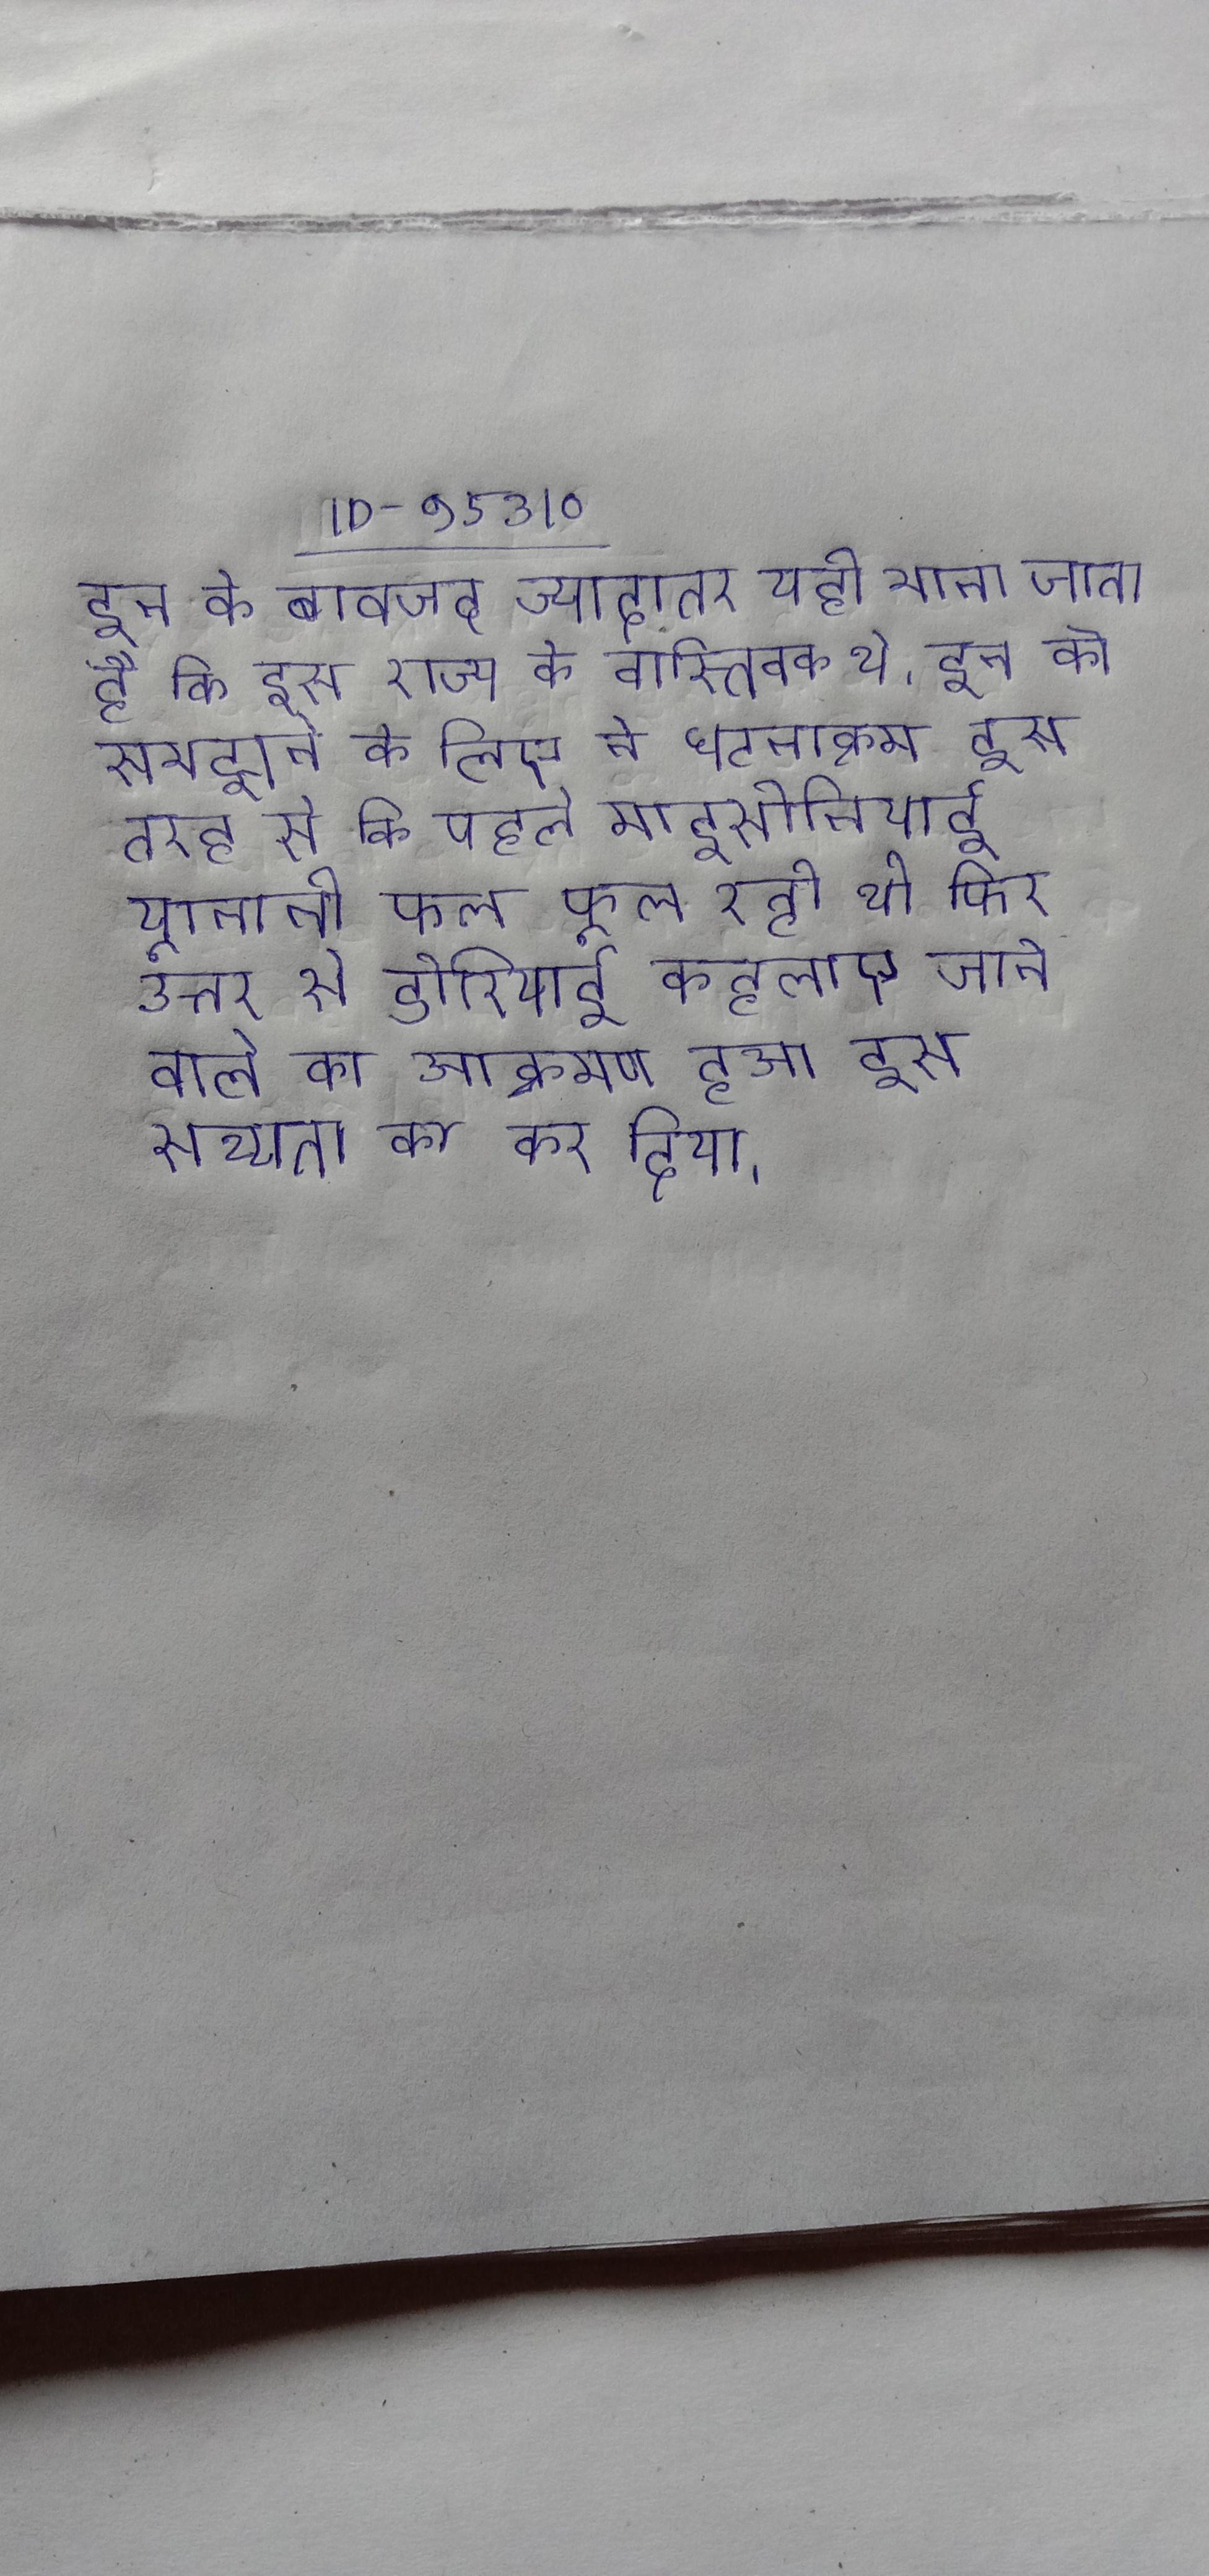
इन के बावजूद ज्यादातर यही माना जाता है कि इस राज्य के वास्तिवक थे । इन को समझने के लिए ने घटनाक्रम इस तरह से कि पहले माइसीनियाई यूनानी फल-फूल रही थी, फिर उत्तर से डोरियाई कहलाए जाने वाले का आक्रमण हुआ इस सभ्यता का कर दिया ।